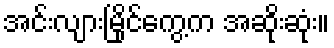
အင်းလျားမြိုင်ကွေ့က အဆိုးဆုံး။